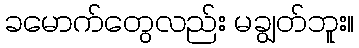
ခမောက်တွေလည်း မချွတ်ဘူး။